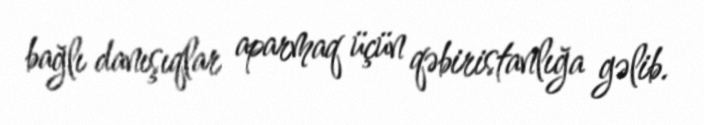
bağlı danışıqlar aparmaq üçün qəbiristanlığa gəlib.